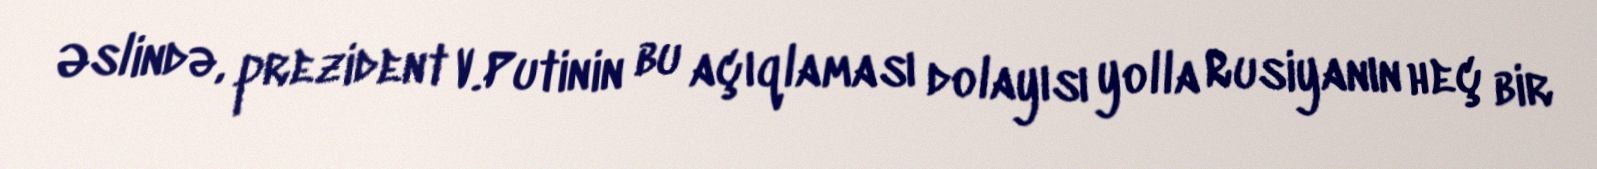
Əslində, prezident V.Putinin bu açıqlaması dolayısı yolla Rusiyanın heç bir